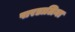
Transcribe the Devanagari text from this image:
पारडालिना